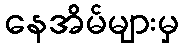
နေအိမ်များမှ